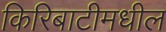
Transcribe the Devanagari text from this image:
किरिबाटीमधील